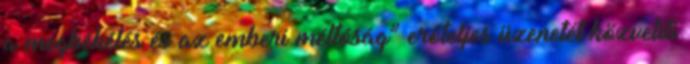
a megbékélés és az emberi méltóság” erőteljes üzenetét közvetíti